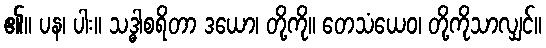
၏။ ပန၊ ပါး။ သဒ္ဓါစရိတာ ဒယော၊ တို့ကို။ တေသံယေဝ၊ တို့ကိုသာလျှင်။